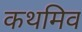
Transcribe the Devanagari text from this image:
कथमिव